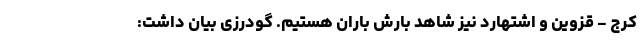
کرج - قزوین و اشتهارد نیز شاهد بارش باران هستیم. گودرزی بیان داشت: